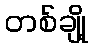
တစ်ချို့